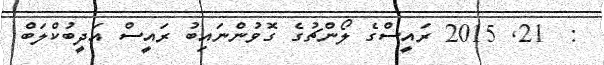
:  21